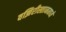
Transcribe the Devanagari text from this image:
वझिरीस्तानमध्ये